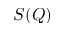
S ( Q )